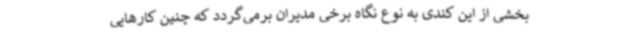
بخشی از این کندی به نوع نگاه برخی مدیران برمی‌گردد که چنین کارهایی